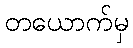
တယောက်မှ